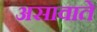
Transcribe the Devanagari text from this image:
असावाते